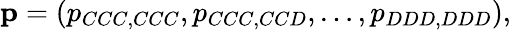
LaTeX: \mathbf{p}=(p_{CCC,CCC},p_{CCC,CCD},\dots,p_{DDD,DDD}),